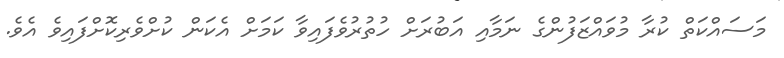
މަސައްކަތް ކުރާ މުވައްޒަފުންގެ ނަމާއި އަބުރަށް ހުތުރުވެފައިވާ ކަމަށް އެކަން ކުށްވެރިކޮށްފައިވެ އެވެ.